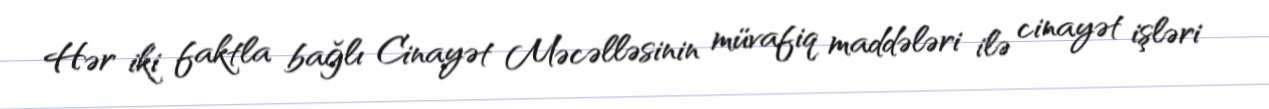
Hər iki faktla bağlı Cinayət Məcəlləsinin müvafiq maddələri ilə cinayət işləri